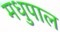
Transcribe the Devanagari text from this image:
मधुपाल